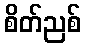
စိတ်ညစ်